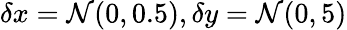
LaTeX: \delta x=\mathcal{N}(0,0.5),\delta y=\mathcal{N}(0,5)